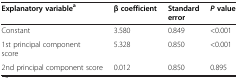
<table><thead><tr><td><b>Explanatory variable<sup>a</sup></b></td><td><b>β coefficient</b></td><td><b>Standard error</b></td><td><b><i>P </i>value</b></td></tr></thead><tbody><tr><td>Constant</td><td>3.580</td><td>0.849</td><td>&lt;0.001</td></tr><tr><td>1st principal component score</td><td>5.328</td><td>0.850</td><td>&lt;0.001</td></tr><tr><td>2nd principal component score</td><td>0.012</td><td>0.850</td><td>0.895</td></tr></tbody></table>